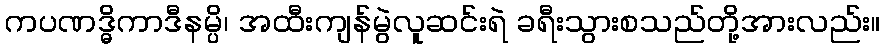
ကပဏဒ္ဓိကာဒီနမ္ပိ၊ အထီးကျန်မွဲလူဆင်းရဲ ခရီးသွားစသည်တို့အားလည်း။